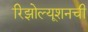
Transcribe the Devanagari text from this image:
रिझोल्यूशनची